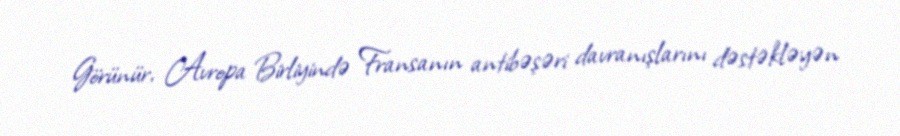
Görünür, Avropa Birliyində Fransanın antibəşəri davranışlarını dəstəkləyən